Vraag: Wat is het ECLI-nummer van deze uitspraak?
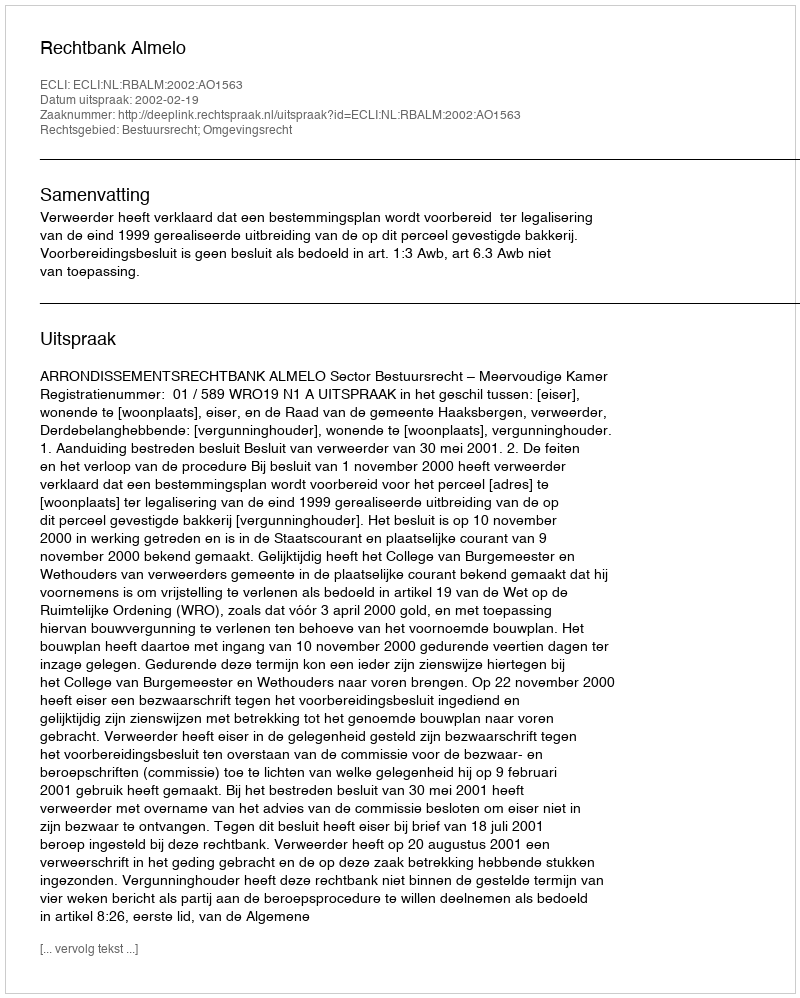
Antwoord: ECLI:NL:RBALM:2002:AO1563